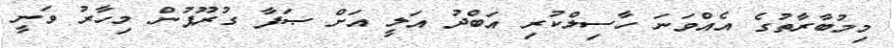
މިމުބާރާތުގެ އެއްވަނަ ހާސިލްކުރި އަބްދު އަލީ އަށް ޞަފާ ގުރޫޕުން މިހާރު ވަނީ